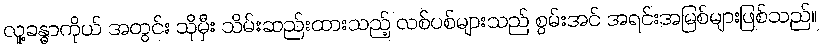
လူ့ခန္ဓာကိုယ် အတွင်း သိုမှီး သိမ်းဆည်းထားသည့် လစ်ပစ်များသည် စွမ်းအင် အရင်းအမြစ်များဖြစ်သည်။